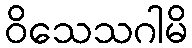
ဝိသေသဂါမိ